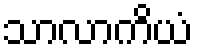
သာလာကိယံ